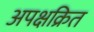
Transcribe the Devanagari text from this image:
अपक्षक्रित